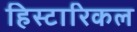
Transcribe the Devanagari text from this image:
हिस्टारिकल